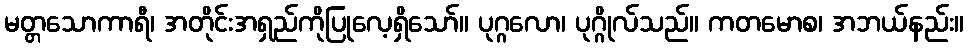
မတ္တသောကာရီ၊ အတိုင်းအရှည်ကိုပြုလေ့ရှိသော်။ ပုဂ္ဂလော၊ ပုဂ္ဂိုလ်သည်။ ကတမောစ၊ အဘယ်နည်း။